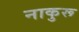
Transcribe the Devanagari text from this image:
नाकुरू